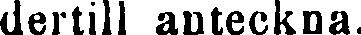
dertill anteckna.